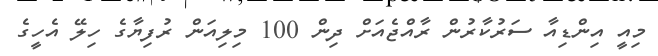
މިއީ އިންޑިއާ ސަރުކާރުން ރާއްޖެއަށް ދިން 100 މިލިއަން ރުފިޔާގެ ހިލޭ އެހީގެ